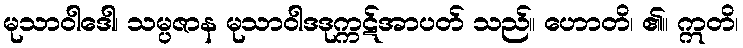
မုသာဝါဒေါ၊ သမ္ပဇာန မုသာဝါဒဒုက္ကဋ်အာပတ် သည်။ ဟောတိ၊ ၏။ ဣတိ၊